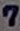
Text: 7